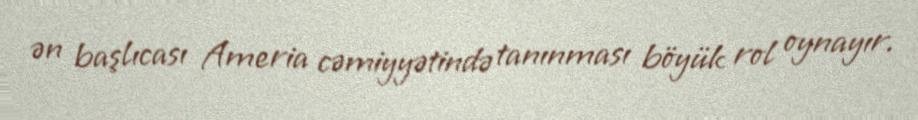
ən başlıcası Ameria cəmiyyətində tanınması böyük rol oynayır.